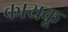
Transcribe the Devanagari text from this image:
कायकू